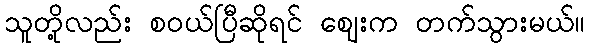
သူတို့လည်း စဝယ်ပြီဆိုရင် ဈေးက တက်သွားမယ်။